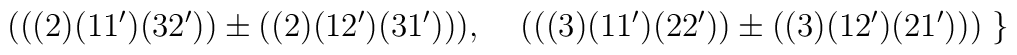
\;\;\;\;\;(((2)(11')(32'))\pm((2)(12')(31'))), \;\;    \;\;(((3)(11')(22'))\pm((3)(12')(21')))   \; \}